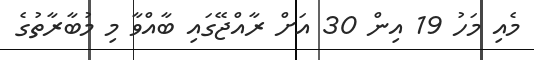
މެއި މަހު 19 އިން 30 އަށް ރާއްޖޭގައި ބާއްވާ މި މުބާރާތުގެ